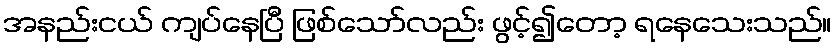
အနည်းငယ် ကျပ်နေပြီ ဖြစ်သော်လည်း ဖွင့်၍တော့ ရနေသေးသည်။